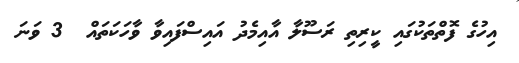
އިހުގެ ފޮތްތަކުގައި ކީރިތި ރަސޫލާ އާއިމެދު އައިސްފައިވާ ވާހަކަތައް  3 ވަނަ